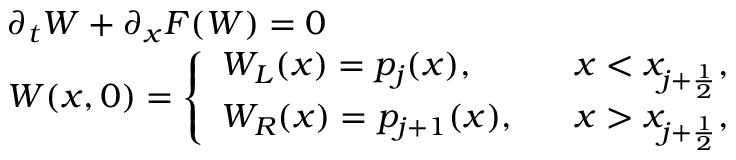
\begin{array} { l l } { \partial _ { t } W + \partial _ { x } F ( W ) = 0 } \\ { W ( x , 0 ) = \left\{ \begin{array} { l l } { W _ { L } ( x ) = p _ { j } ( x ) , } & { \; \; \; x < x _ { j + \frac { 1 } { 2 } } , } \\ { W _ { R } ( x ) = p _ { j + 1 } ( x ) , } & { \; \; \; x > x _ { j + \frac { 1 } { 2 } } , } \end{array} \right. } \end{array}